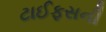
ટાઈફસની